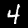
Digit: 4